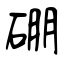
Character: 硼